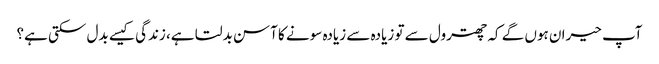
آپ حیران ہوں گے کہ چھترول سے تو زیادہ سے زیادہ سونے کا آسن بدلتا ہے، زندگی کیسے بدل سکتی ہے؟